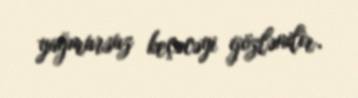
yağmursuz keçəcəyi gözlənilir.